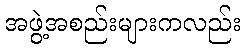
အဖွဲ့အစည်းများကလည်း